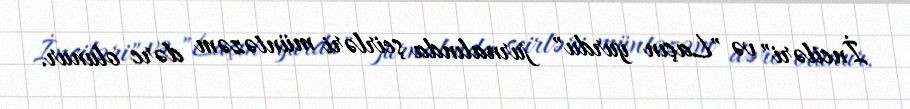
İnciləri" və "Laçın yurdu" jurnalında şeirləri müntəzəm dərc olunur.